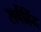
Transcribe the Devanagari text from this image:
सर्वहिंद